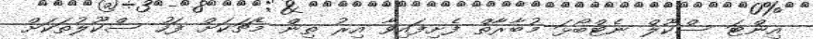
އިންޓަ ސްކޫލް ނެޓްބޯޅަ މުބާރާތް ފެށިފައިވާ އިރު ތިން މެޗަކަށް ފަހު ސްކޫލުތަކަށް